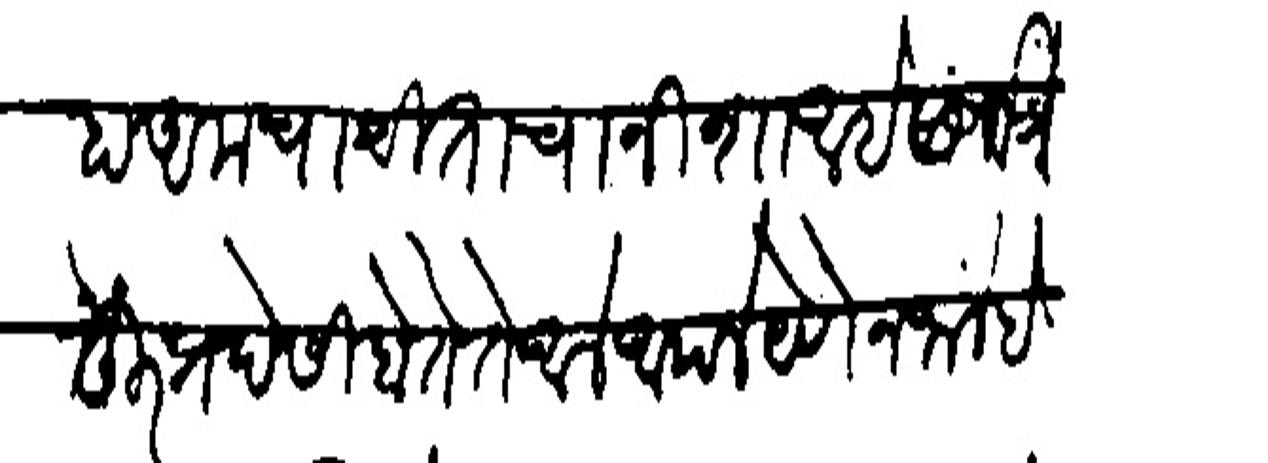
Transliteration (Devanagari): हा अमचा चिताचा निशा आहे सर्वत्रे दूर प्रदेसी होते ते आले आपले येणे न जालें है